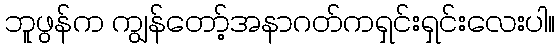
ဘူဖွန်က ကျွန်တော့်အနာဂတ်ကရှင်းရှင်းလေးပါ။